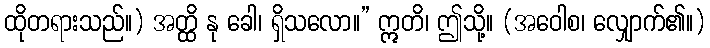
ထိုတရားသည်။) အတ္ထိ နု ခေါ၊ ရှိသလော။” ဣတိ၊ ဤသို့။ (အဝေါစ၊ လျှောက်၏။)